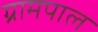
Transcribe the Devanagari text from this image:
ग्रामपाल